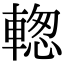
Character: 𨍉